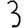
Digit: 3